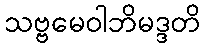
သဗ္ဗမေဝါဘိမဒ္ဒတိ